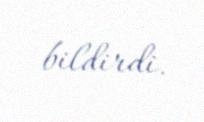
bildirdi.